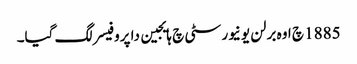
1885 چ اوہ برلن یونیورسٹی چ ہایجین دا پروفیسر لگ گیا۔